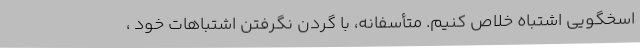
اسخگویی اشتباه خلاص کنیم. متأسفانه، با گردن نگرفتن اشتباهات خود ،